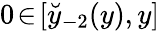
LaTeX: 0\! \in\! [\breve{y}_{-2}(y),y]